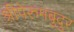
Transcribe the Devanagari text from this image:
श्रीपेरुमबुदुर